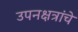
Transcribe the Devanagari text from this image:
उपनक्षत्रांचे